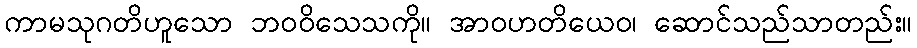
ကာမသုဂတိဟူသော ဘဝဝိသေသကို။ အာဝဟတိယေဝ၊ ဆောင်သည်သာတည်း။